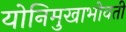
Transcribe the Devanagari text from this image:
योनिमुखाभोवती